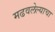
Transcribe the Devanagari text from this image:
मढवलेल्याचा